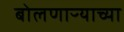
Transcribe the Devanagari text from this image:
बोलणाऱ्याच्या